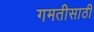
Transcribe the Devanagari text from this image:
गमतीसाठी